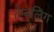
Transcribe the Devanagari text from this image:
तेम्बलिंग